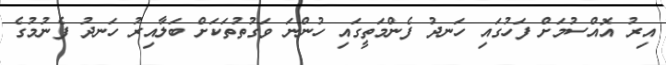
އިރު އޮއްސުމަށް ފަހުގައި ހަނދު ފެންމަތީގައި ހުންނަ ވަގުތުތަކަށް ބަލާއިރު ހަނދު ފެނުމުގެ